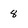
Character: 8